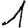
Digit: 1